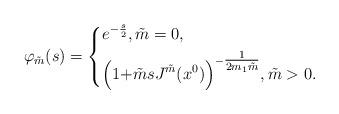
LaTeX: \begin{align*}\varphi_{\tilde m}(s)=\left\{\begin{aligned}& e^{-\frac{s}{2}}, \tilde m=0, \\&\Big(1{+}{\tilde m}{s}J^{\tilde m}(x^0)\Big)^{-\tfrac{1}{2m_1\tilde m}},\tilde m>0.\end{aligned}\right.\raisetag{10mm}\end{align*}